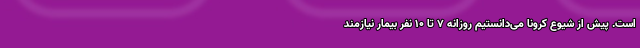
است. پیش از شیوع کرونا می‌دانستیم روزانه ۷ تا ۱۰ نفر بیمار نیازمند